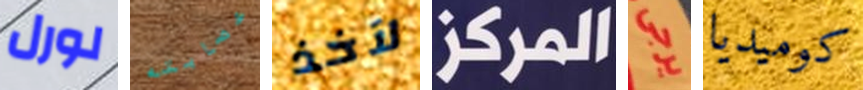
لورل عصابته لآخذ المركز يرجى كوميديا